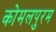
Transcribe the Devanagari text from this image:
कोमलपुरम